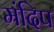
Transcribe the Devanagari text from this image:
मंदिप